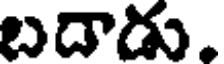
బదాడు.